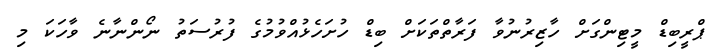
ޕްރީބިޑް މީޓިންގަށް ހާޒިރުނުވާ ފަރާތްތަކަށް ބިޑް ހުށަހެޅުއްވުމުގެ ފުރުސަތު ނޯންނާނެ ވާހަކަ މި